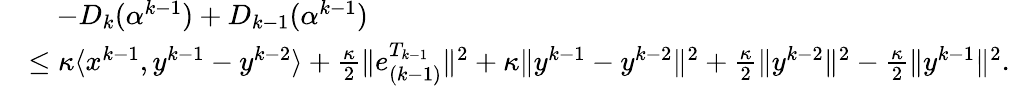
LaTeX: \begin{array}{rl}&{\quad-D_{k}(\alpha^{k-1})+D_{k-1}(\alpha^{k-1})}\\ &{\leq\kappa\langle x^{k-1},y^{k-1}-y^{k-2}\rangle+\frac{\kappa}{2}\| e_{(k-1)}^{T_{k-1}}\| ^{2}+\kappa\| y^{k-1}-y^{k-2}\| ^{2}+\frac{\kappa}{2}\| y^{k-2}\| ^{2}-\frac{\kappa}{2}\| y^{k-1}\| ^{2}.}\end{array}